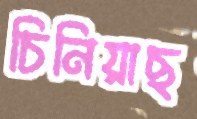
চিনিয়াছ